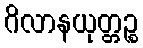
ဂိလာနယုတ္တဉ္စ